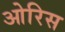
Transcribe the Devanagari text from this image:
ओरिस